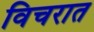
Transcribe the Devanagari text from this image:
विचरात